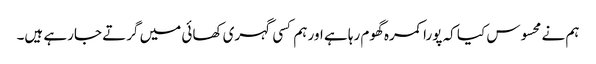
ہم نے محسوس کیا کہ پورا کمرہ گھوم رہا ہے اور ہم کسی گہری کھائی میں گرتے جارہے ہیں۔